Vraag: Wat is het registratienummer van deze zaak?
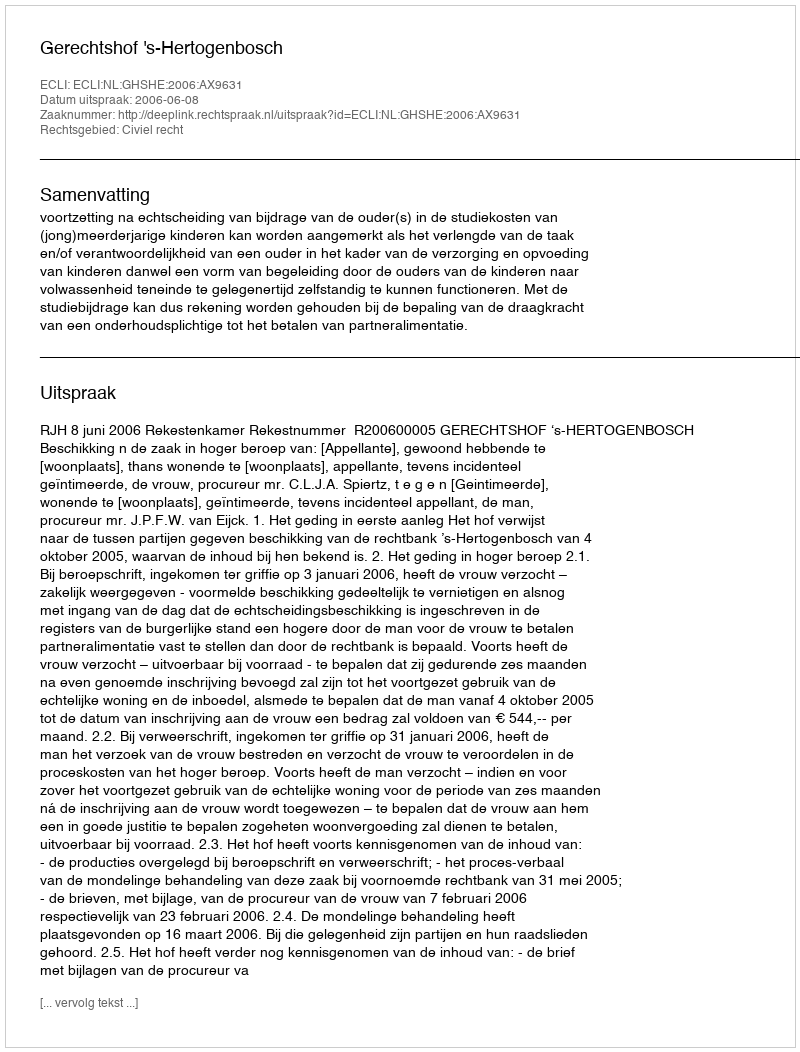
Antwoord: http://deeplink.rechtspraak.nl/uitspraak?id=ECLI:NL:GHSHE:2006:AX9631